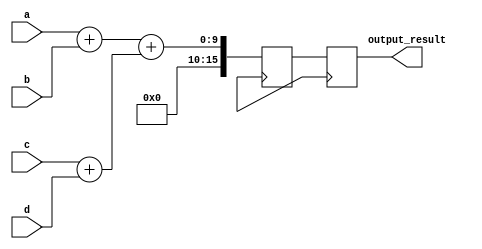
module parallel_accumulator (
    input wire [7:0] a,
    input wire [7:0] b,
    input wire [7:0] c,
    input wire [7:0] d,
    output reg [15:0] output_result
);

// Define four arithmetic blocks connected in parallel
// Each block performs addition operation
reg [15:0] ab_result;
reg [15:0] cd_result;
reg [15:0] abcd_result;

assign ab_result = a + b;
assign cd_result = c + d;

// Accumulator Unit
always @(posedge clk) begin
    // Additional features like carry lookahead logic can be implemented here
    abcd_result <= ab_result + cd_result;
    output_result <= abcd_result;
end

endmodule